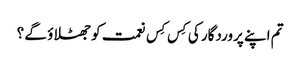
تم اپنے پروردگار کی کِس کِس نعمت کوجھٹلاؤ گے ؟